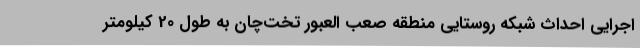
اجرایی احداث شبکه روستایی منطقه صعب العبور تخت‌چان به طول 20 کیلومتر